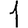
Digit: 1